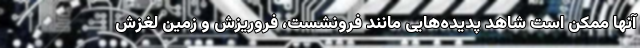
آنها ممکن است شاهد پدیده‌هایی مانند فرونشست، فروریزش و زمین لغزش